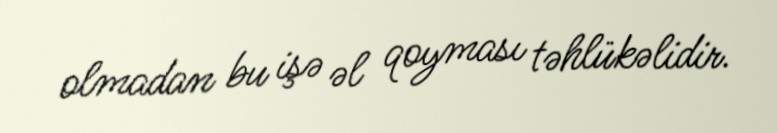
olmadan bu işə əl qoyması təhlükəlidir.